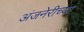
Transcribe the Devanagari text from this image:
अंजनेरीच्या